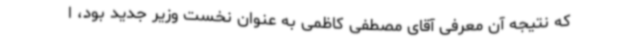
که نتیجه آن معرفی آقای مصطفی کاظمی به عنوان نخست وزیر جدید بود، ا